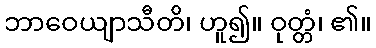
ဘာဝေယျာသီတိ၊ ဟူ၍။ ဝုတ္တံ၊ ၏။